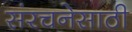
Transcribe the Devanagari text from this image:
संरचनेसाठी